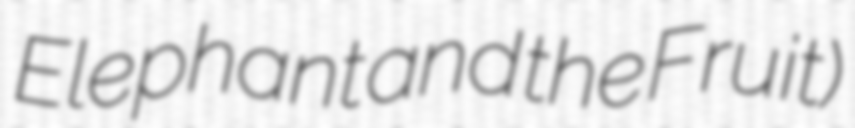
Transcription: Elephant and the Fruit)